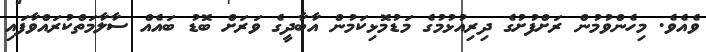
ވެއެވެ. މިހެންވުމުން ރަށްފުށުގެ ދިރިއުޅުމުގެ މަޑުމޮޅިކަމުން އާބާދީގެ ވަރަށް ބޮޑު ބައެއް ސާލާމަތްކުރައްވާފައި